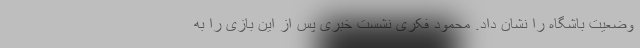
وضعیت باشگاه را نشان داد. محمود فکری نشست خبری پس از این بازی را به